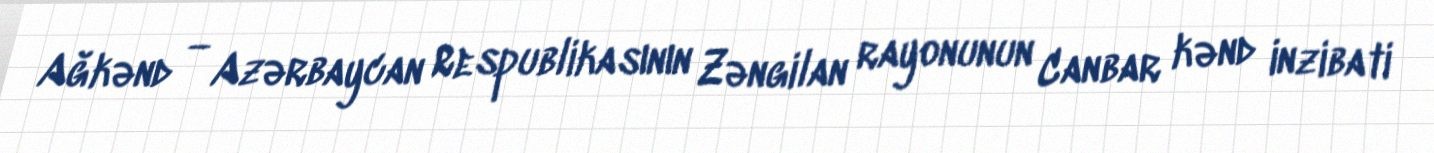
Ağkənd — Azərbaycan Respublikasının Zəngilan rayonunun Canbar kənd inzibati